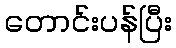
တောင်းပန်ပြီး